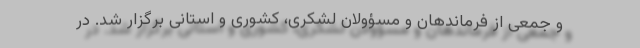
و جمعی از فرماندهان و مسؤولان لشکری، کشوری و استانی برگزار شد. در